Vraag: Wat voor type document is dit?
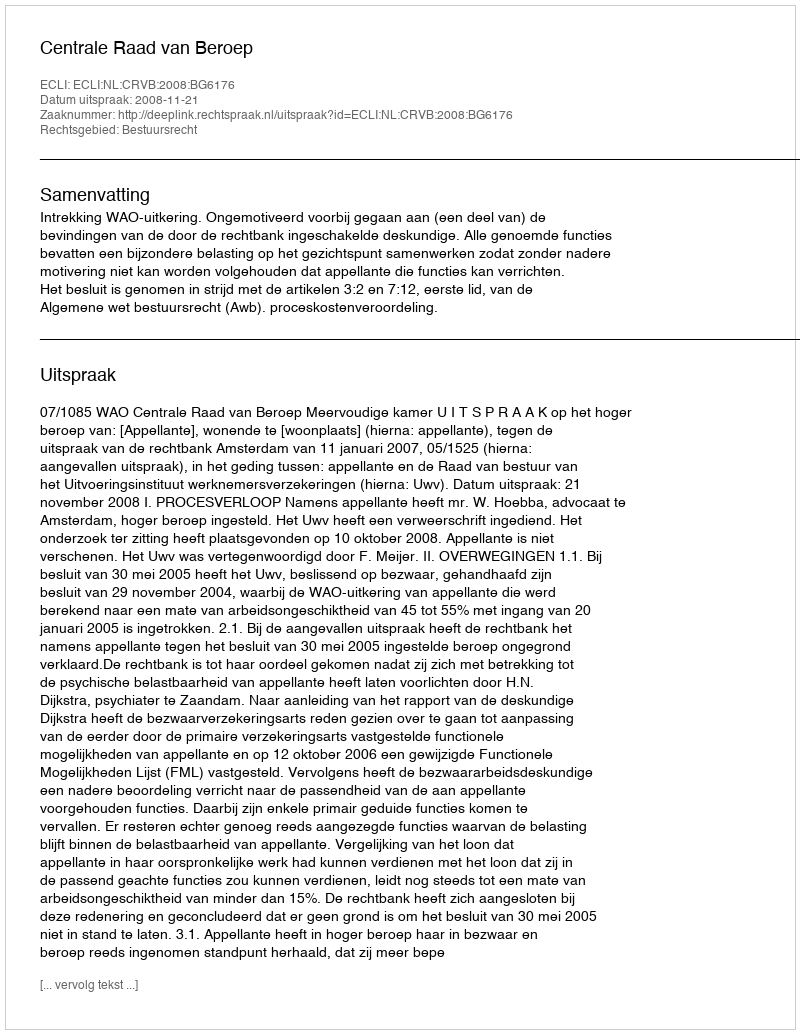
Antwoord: Uitspraak